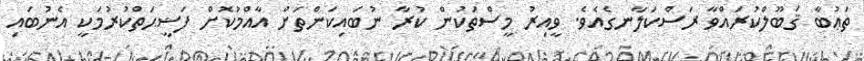
ތަޢުބާ ޤަބޫލްކުރައްވާ ރަސްކަލާނގެއެވެ. ވީއިރު މީސްތަކުން ކުރާ ނުބައިކަންތަށް އާއްމުކޮށް ފަޟީޙަތްކުރުމަކީ އެނުބައި